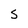
Character: S